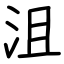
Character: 沮